Indian journal of veterinary science and animal husbandry - Volumes 15-17, 1948-1951
Year: 1948
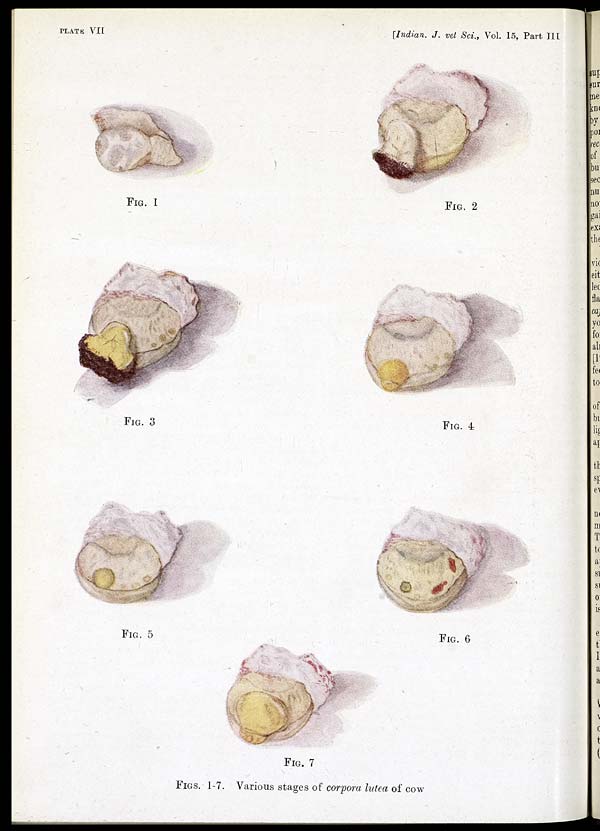
PLATE VII
[Indian. J. vet Sci., Vol. 15, Part III
FIG. 1
FIG. 2
FIG. 3
FIG. 4
FIG. 5
FIG. 6
FIG. 7
FIG. 1-7. Various stages of corpora lutea of cow